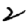
Digit: 2